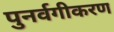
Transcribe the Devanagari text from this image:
पुनर्वगीकरण